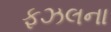
ફઝલના